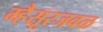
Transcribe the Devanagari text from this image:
म्हैसूरजवळ